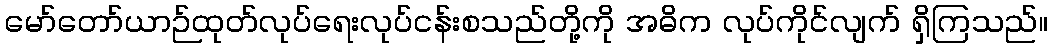
မော်တော်ယာဉ်ထုတ်လုပ်ရေးလုပ်ငန်းစသည်တို့ကို အဓိက လုပ်ကိုင်လျက် ရှိကြသည်။